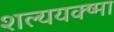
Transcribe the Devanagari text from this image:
शल्ययक्ष्मा